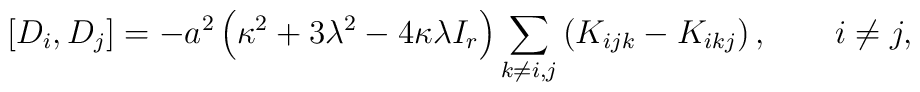
\left[D_i, D_j\right] = - a^2 \left(\kappa^2 + 3 \lambda^2 - 4 \kappa\lambda I_r  \right) \sum_{k\ne i,j} \left(K_{ijk} - K_{ikj}\right), \qquad i\ne j,